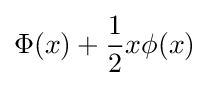
\Phi (x)+{\frac {1}{2}}x\phi (x)